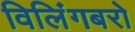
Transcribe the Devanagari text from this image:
विलिंगबरो